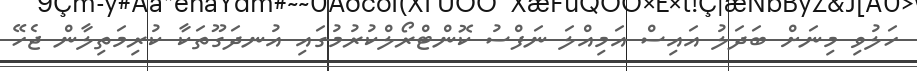
ހަލުވި މިނަށް ބަދަލު އައިސް އަމިއްލަ ނަފްސު ކޮންޓްރޯލްކުރުމުގައި އުނދަގޫތަކާ ކުރިމަތިލާން ޖެހޭ